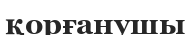
қорғанушы